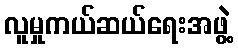
လူမှုကယ်ဆယ်ရေးအဖွဲ့